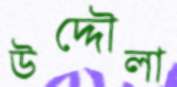
উদ্দৌলা